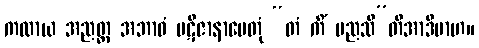
ကထာယ အညတ္ထ အဘာဝံ ပဋိဇာနာပေတုံ “တံ ကိံ မညသီ”တိအာဒိမာဟ။